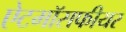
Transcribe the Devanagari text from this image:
ऐटमॉसफीयर